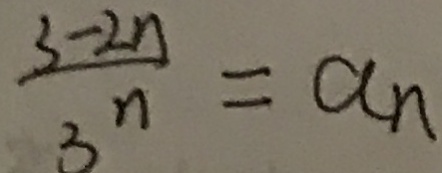
\frac { 3 - 2 n } { 3 ^ { n } } = a _ { n }